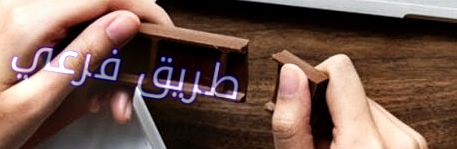
طريق فرعي